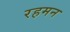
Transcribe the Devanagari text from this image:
रहमन